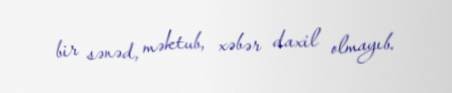
bir sənəd, məktub, xəbər daxil olmayıb.